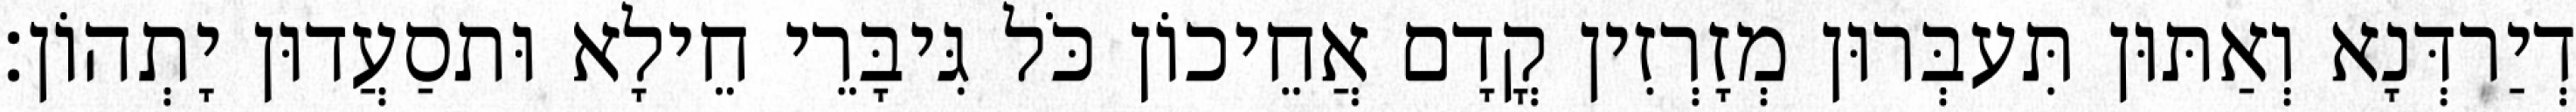
דְיַרדְּנָא וְאַתּוּן תִּעבְּרוּן מְזָרְזִין קֳדָם אֲחֵיכוֹן כֹּל גִּיבָּרֵי חֵילָא וּתסַעֲדוּן יָתְהוֹן׃